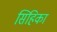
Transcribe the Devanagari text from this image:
सिहिका